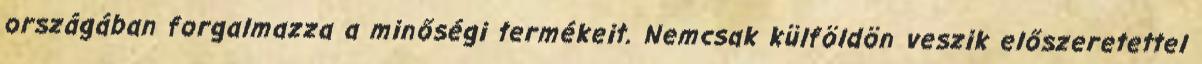
országában forgalmazza a minőségi termékeit. Nemcsak külföldön veszik előszeretettel